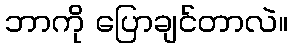
ဘာကို ပြောချင်တာလဲ။